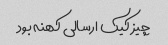
چیز کیک ارسالی کهنه بود